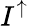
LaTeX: I^{\uparrow}